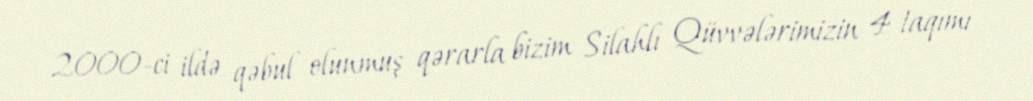
2000-ci ildə qəbul olunmuş qərarla bizim Silahlı Qüvvələrimizin 4 taqımı